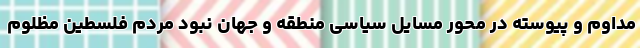
مداوم و پیوسته در محور مسایل سیاسی منطقه و جهان نبود مردم فلسطین مظلوم